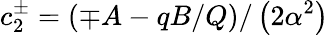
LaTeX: c_{2}^{\pm}=\left(\mp A-qB/Q\right)/\left(2\alpha^{2}\right)